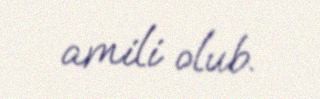
amili olub.